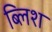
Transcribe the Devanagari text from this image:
ब्लिश